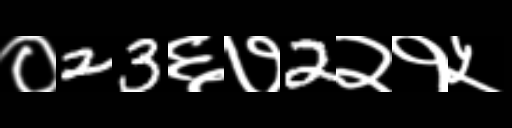
Text: ०23६७2२१५